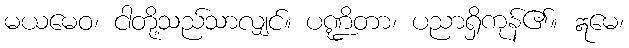
မယမေဝ၊ ငါတို့သည်သာလျှင်။ ပဏ္ဍိတာ၊ ပညာရှိကုန်၏။ ဣမေ၊